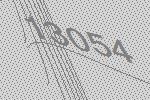
13054